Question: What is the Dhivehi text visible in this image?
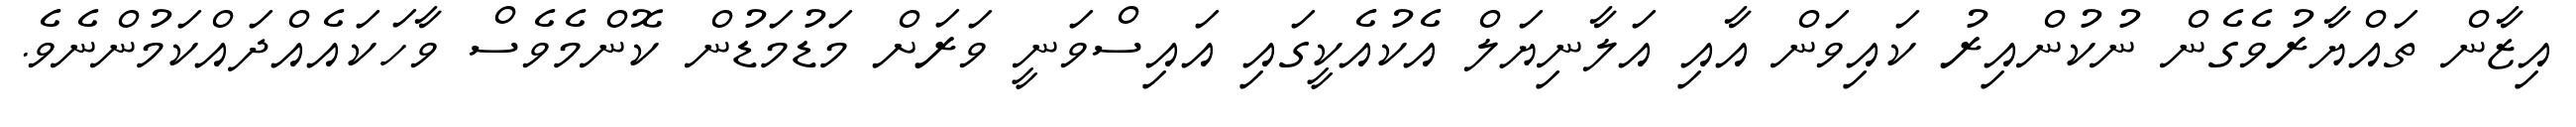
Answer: އިޒާން ތައްޔާރުވެގެން ނުކުންއިރު ކައިވަން އާއި އަލާނިޔަލް އެކުއެކީގައި އައިސްވަނީ ވަރަށް މަޑުމަޑުން ކޮންމެވެސް ވާހަކައެއްދައްކަމުންނެވެ.